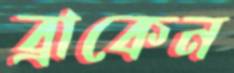
ব্রাকেন